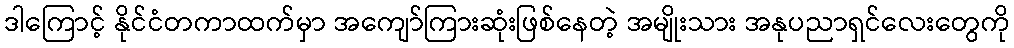
ဒါကြောင့် နိုင်ငံတကာထက်မှာ အကျော်ကြားဆုံးဖြစ်နေတဲ့ အမျိုးသား အနုပညာရှင်လေးတွေကို